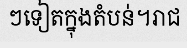
ៗទៀតក្នុងតំបន់។រាជ